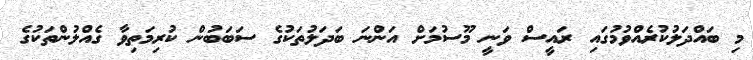
މި ބައްދަލުކުރެއްވުމުގައި ރައީސް ވަނީ މޫސުމަށް އަންނަ ބަދަލުތަކުގެ ސަބަބުން ކުރިމަތިވާ ގެއްލުންތަކުގެ